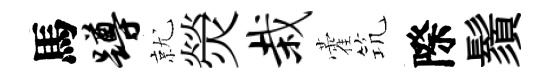
馬蹲就熒栽藿𥬑際鬚